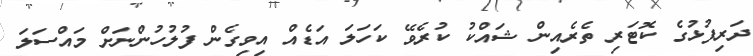
ދަރިފުޅުގެ ކޮޓަރި ތެރެއިން ޝައްކު ކުރެވޭ ކަހަލަ އަޑެއް އިވިގެން ފުލުހުންނަށް މައްސަލަ